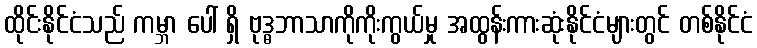
ထိုင်းနိုင်ငံသည် ကမ္ဘာ ပေါ် ရှိ ဗုဒ္ဓဘာသာကိုကိုးကွယ်မှု အထွန်းကားဆုံးနိုင်ငံများတွင် တစ်နိုင်ငံ